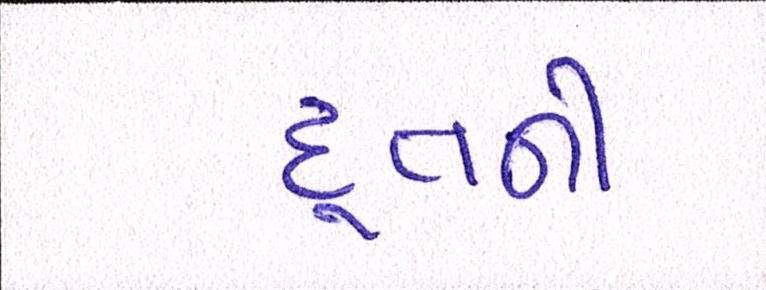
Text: દૂતની